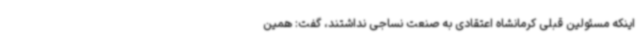
اینکه مسئولین قبلی کرمانشاه اعتقادی به صنعت نساجی نداشتند، گفت: همین